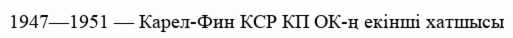
1947—1951 — Карел-Фин КСР КП ОК-ң екінші хатшысы